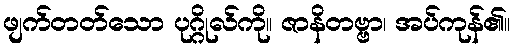
ဖျက်တတ်သော ပုဂ္ဂိုလ်ကို။ ဇာနိတဗ္ဗာ၊ အပ်ကုန်၏။